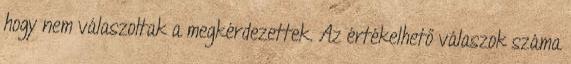
hogy nem válaszoltak a megkérdezettek. Az értékelhető válaszok száma